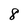
Character: 8